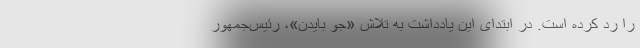
را رد کرده است. در ابتدای این یادداشت به تلاش «جو بایدن»، رئیس‌جمهور